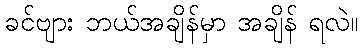
ခင်ဗျား ဘယ်အချိန်မှာ အချိန် ရလဲ။